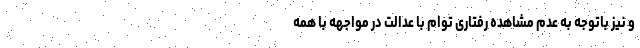
و نیز باتوجه به عدم مشاهده رفتاری توام با عدالت در مواجهه با همه